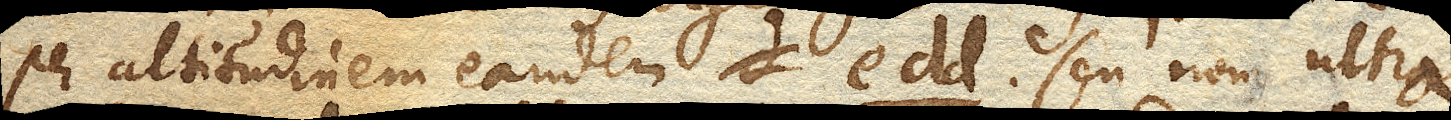
per altitudinem eandem e dd. seu non ultra